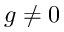
g \neq 0